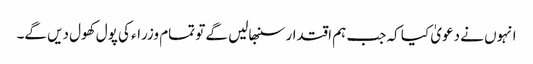
انہوں نے دعویٰ کیا کہ جب ہم اقتدار سنبھالیں گے تو تمام وزراء کی پول کھول دیں گے۔